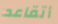
أتقاعد